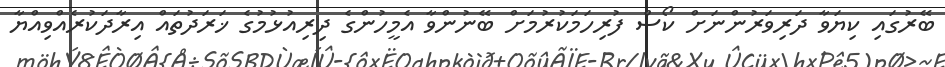
ބޭރުގައި ކިޔަވާ ދަރިވަރުންނަށް ކޯސް ފުރިހަމަކުރުމަށް ބޭނުންވާ އެމީހުންގެ ދިރިއުޅުމުގެ ޚަރަދުތައް އިރާދަކުރެއްވިއްޔާ